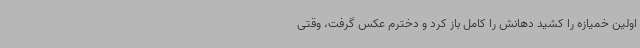
اولین خمیازه را کشید دهانش را کامل باز کرد و دخترم عکس گرفت، وقتی